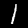
Label: 1